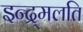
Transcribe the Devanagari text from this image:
इन्द्र्मलति